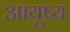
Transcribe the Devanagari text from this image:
आयूष्य